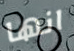
انها